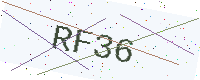
Text: RF36